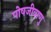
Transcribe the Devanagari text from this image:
पोषजीवाणु